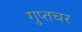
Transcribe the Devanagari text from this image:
गुप्‍तचर